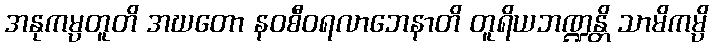
အနုကမ္ပတူတိ အဃတော နဝစီဝရလာဘေနာတိ တူရိယဘဏ္ဍန္တိ သာမိကမ္ပိ